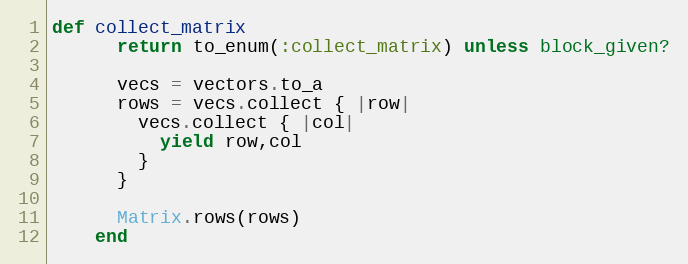
Language: Ruby
def collect_matrix
      return to_enum(:collect_matrix) unless block_given?

      vecs = vectors.to_a
      rows = vecs.collect { |row|
        vecs.collect { |col|
          yield row,col
        }
      }

      Matrix.rows(rows)
    end